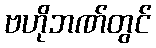
ဗဟိုဘဏ်တွင်